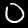
Digit: 0